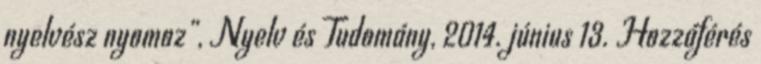
nyelvész nyomoz”, Nyelv és Tudomány, 2014. június 13. Hozzáférés